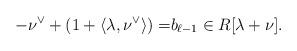
LaTeX: \begin{align*}- \nu^\vee+(1+ \langle \lambda,\nu^\vee\rangle)=&b_{\ell -1}\in R[ {\lambda+\nu}] . \end{align*}